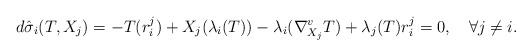
\begin{align*} d\hat{\sigma}_i(T,X_j)=-T(r^j_i)+X_j(\lambda_i(T))-\lambda_i(\nabla^v_{X_j}T)+\lambda_j(T)r^j_i=0,\quad\forall j\neq i. \end{align*}